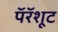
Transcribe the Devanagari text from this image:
पॅरॅशूट